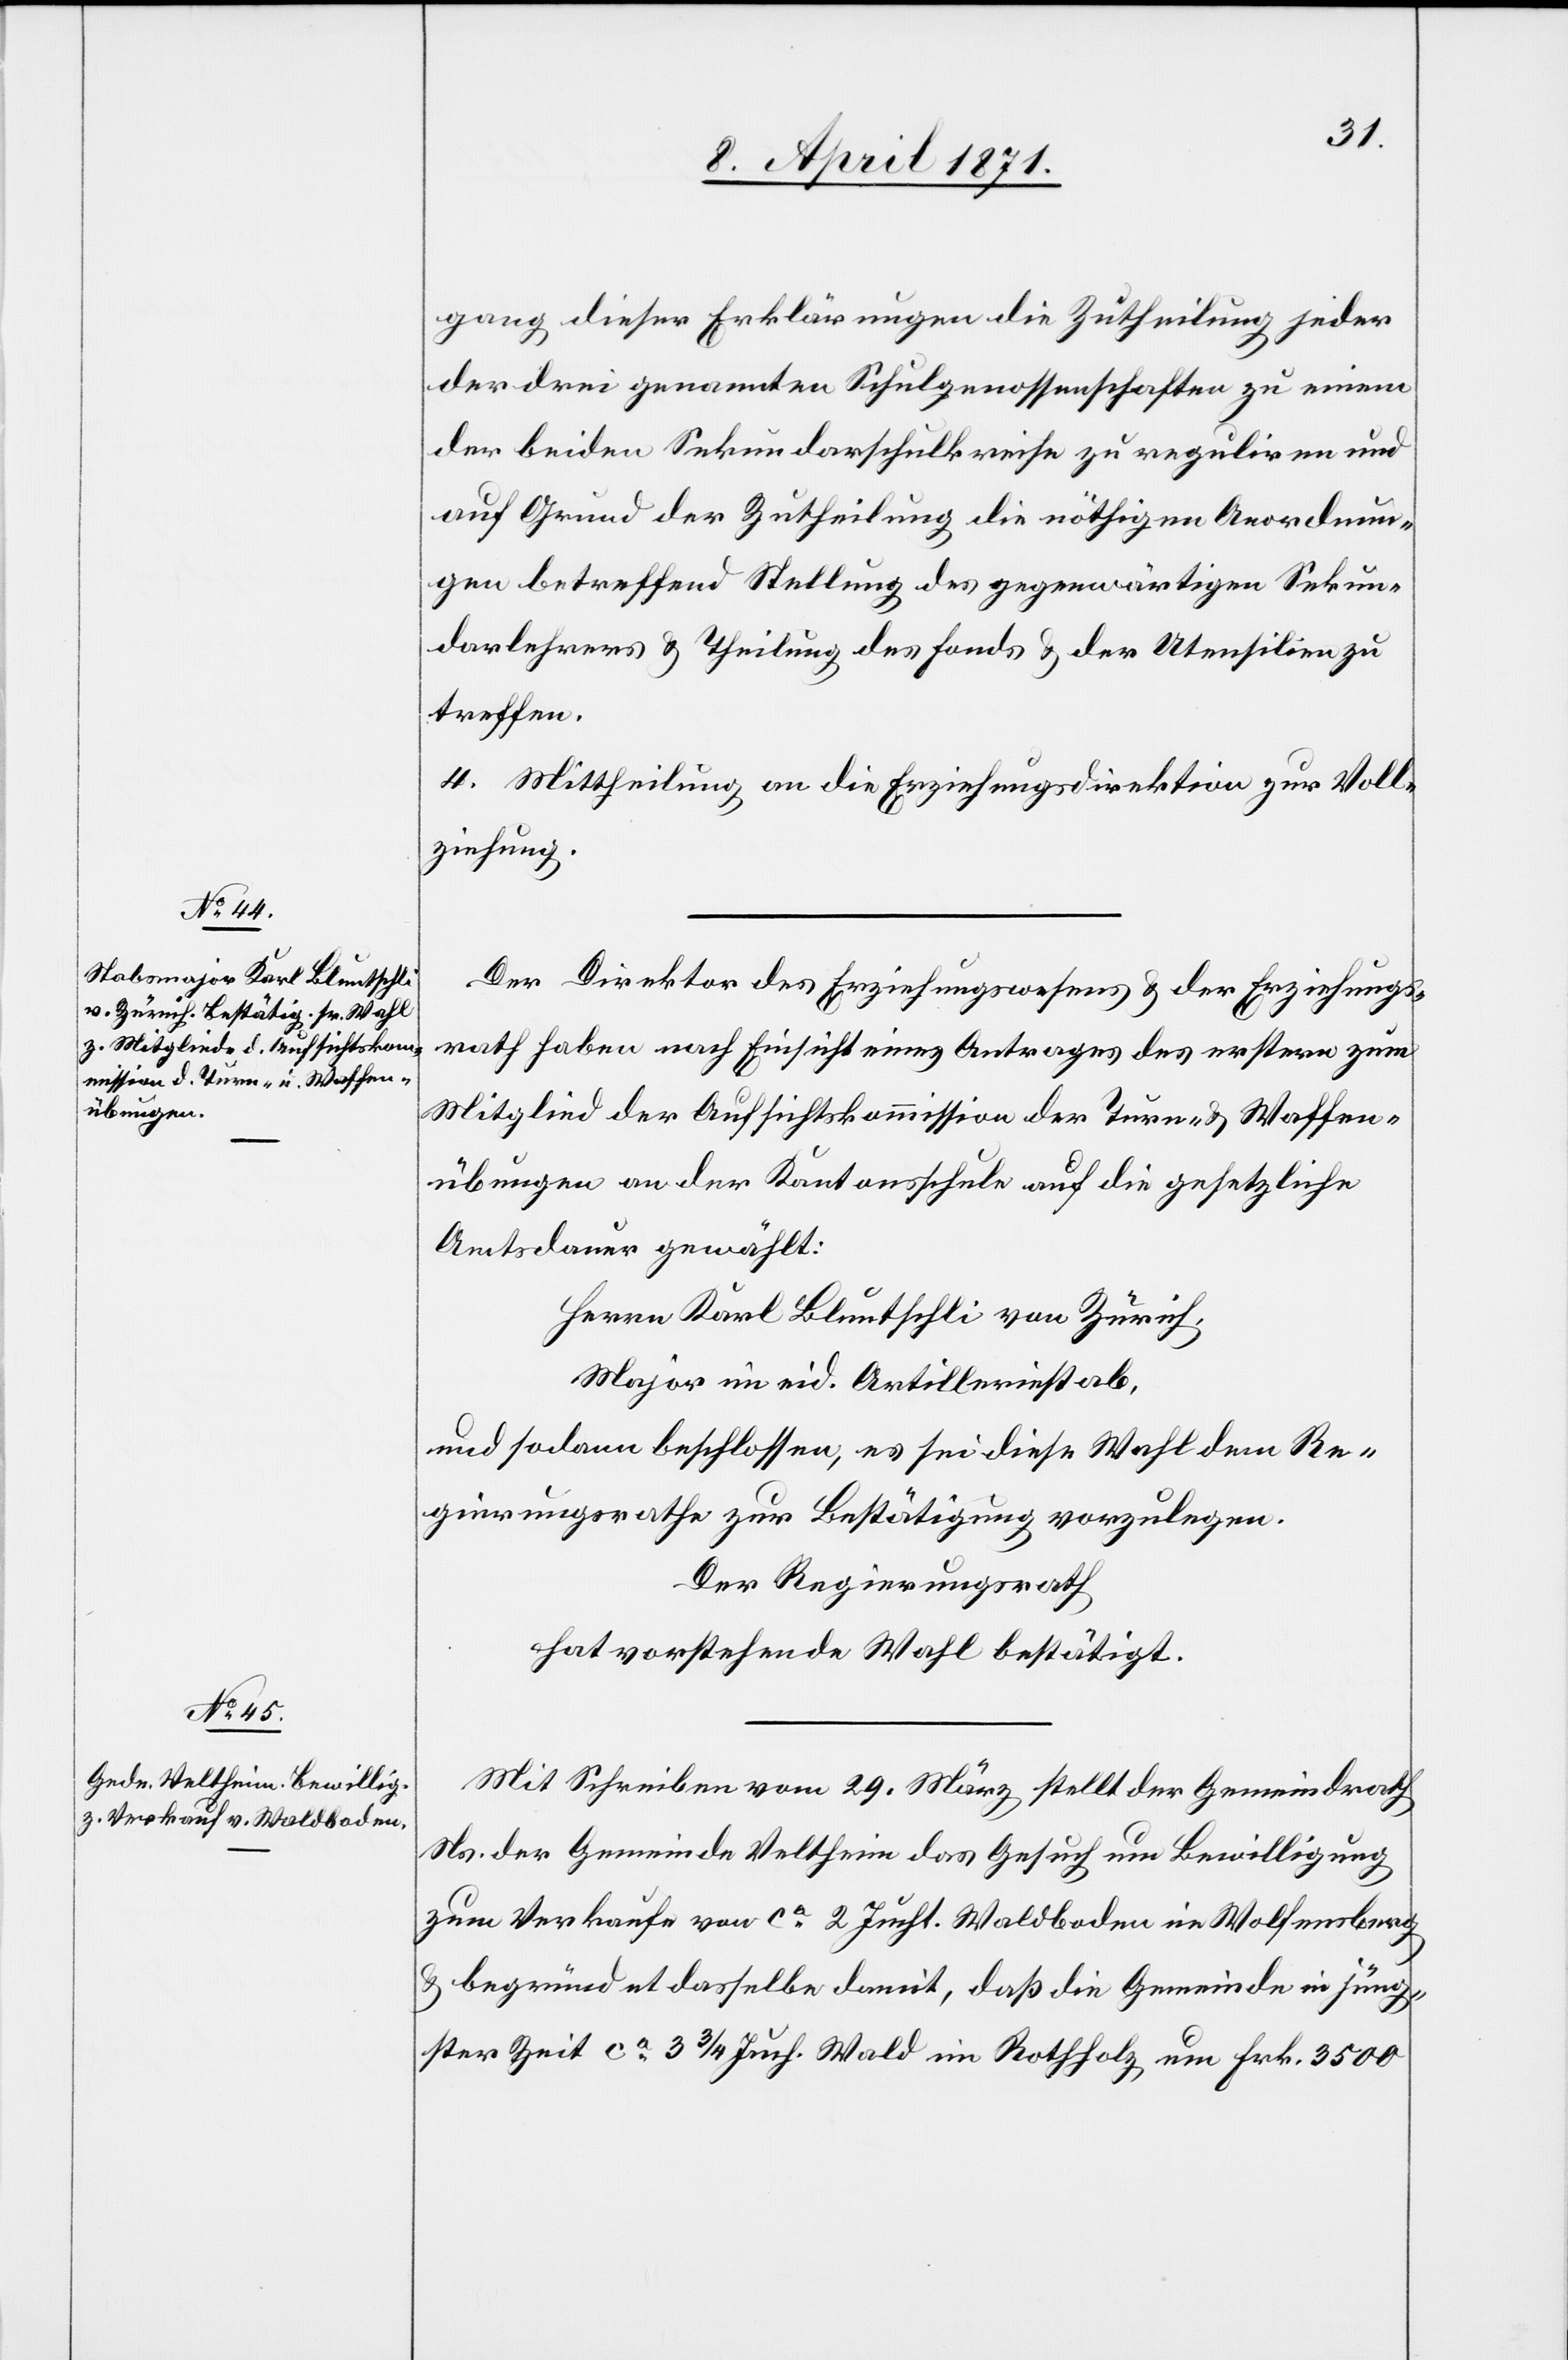
gang dieser Erklärungen die Zutheilung jeder
der drei genannten Schulgenossenschaften zu einem
der beiden Sekundarschulkreise zu reguliren und
auf Grund der Zutheilung die nöthigen Anordnun¬
gen betreffend Stellung des gegenwärtigen Sekun¬
darlehrers u. Theilung des Fonds u. der Utensilien zu
treffen.
4. Mittheilung an die Erziehungsdirektion zur Voll¬
ziehung.
Der Direktor des Erziehungswesens u. der Erziehungs¬
rath haben nach Einsicht eines Antrages des erstern zum
Mitglied der Aufsichtskommission der Turn- u. Waffen¬
übungen an der Kantonsschule auf die gesetzliche
Amtsdauer gewählt:
Herrn Karl Bluntschli von Zürich,
Major im eid. Artilleriestab,
und sodann beschlossen, es sei diese Wahl dem Re¬
gierungsrathe zur Bestätigung vorzulegen.
Der Regierungsrath
hat vorstehende Wahl bestätigt.
Mit Schreiben vom 29. März stellt der Gemeindrath
Ns. der Gemeinde Veltheim das Gesuch um Bewilligung
zum Verkauf von ca. 2 Jucht. Waldboden im Wolfensberg
u. begründet dasselbe damit, daß die Gemeinde in jüng¬
ster Zeit ca. 3 3/4 Juch. Wald im Rothholz um Frk. 3500